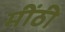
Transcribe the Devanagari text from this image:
मींठी